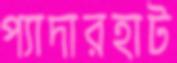
প্যাদারহাট